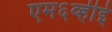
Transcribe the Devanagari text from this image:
एम६व्हीई